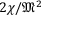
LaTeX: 2 \chi / { \mathfrak { M } } ^ { 2 }